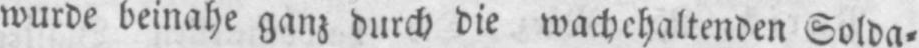
wurde beinahe ganz durch die wachehaltenden Solda⸗